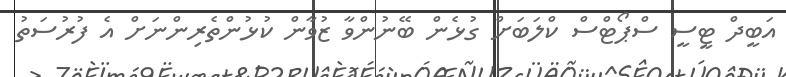
އަބީދް ޓީސީ ސްޕޯޓްސް ކްލަބަށް ގުޅެން ބޭނުންވާ ޒުވާން ކުޅުންތެރިންނަށް އެ ފުރުސަތު